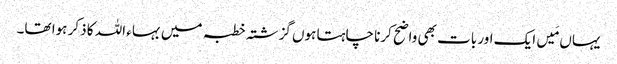
یہاں مَیں ایک اور بات بھی واضح کرنا چاہتا ہوں گزشتہ خطبہ میں بہاء اللہ کا ذکر ہوا تھا۔